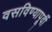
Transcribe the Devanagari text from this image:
वसविण्यापूर्वी